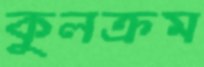
কুলক্রম